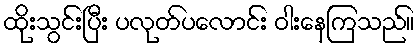
ထိုးသွင်းပြီး ပလုတ်ပလောင်း ဝါးနေကြသည်။